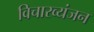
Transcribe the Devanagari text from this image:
विचारव्यंजन